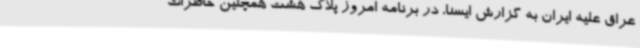
عراق علیه ایران به گزارش ایسنا، در برنامه امروز پلاک هشت همچنین خاطرات